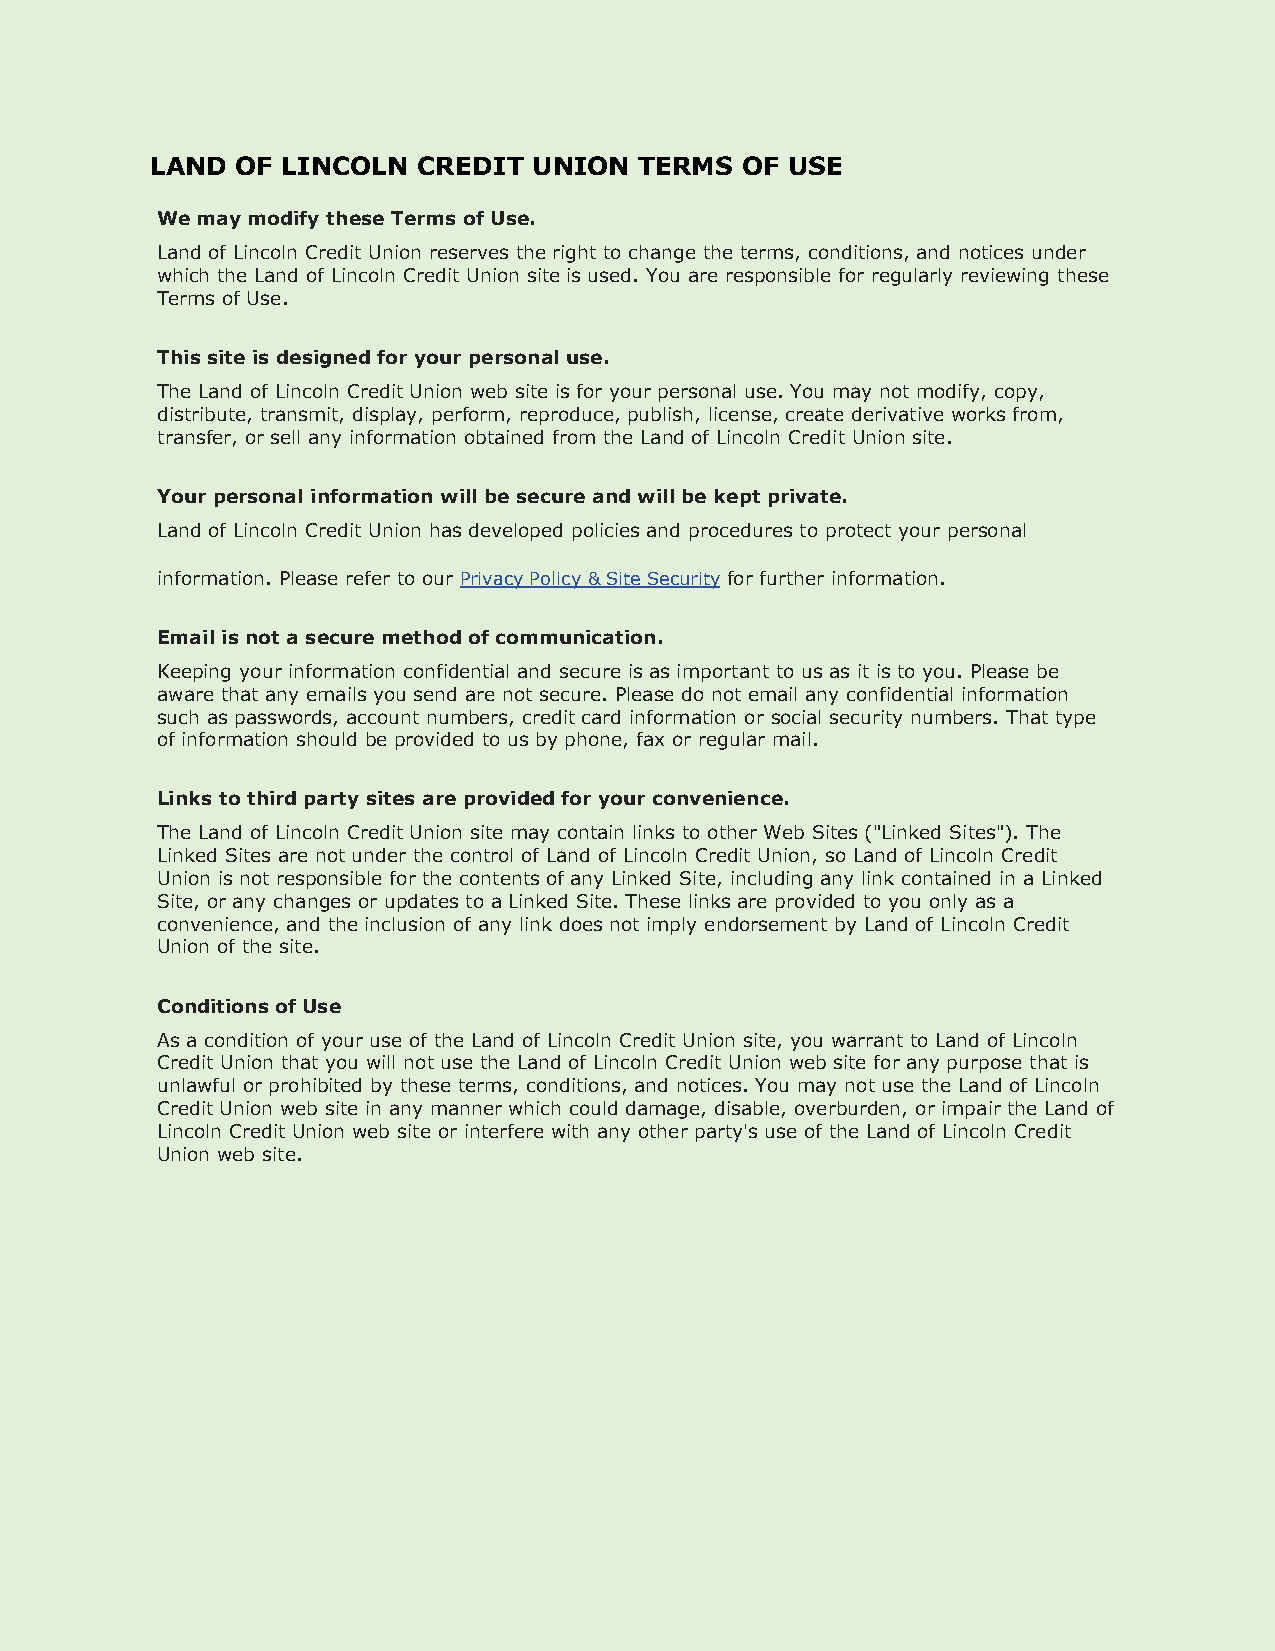
LAND  OF LINCOLN  CREDIT UNION  TERMS  OF USE
 We may modify these Terms of Use.
 Land of Lincoln Credit Union reserves the right to change the terms, conditions, and notices under
 which the Land of Lincoln Credit Union site is used. You are responsible for regularly reviewing these
 Terms of Use.
 This site is designed for your personal use.
 The Land of Lincoln Credit Union web site is for your personal use. You may not modify, copy,
 distribute, transmit, display, perform, reproduce, publish, license, create derivative works from,
 transfer, or sell any information obtained from the Land of Lincoln Credit Union site.
 Your personal information will be secure and will be kept private.
 Land of Lincoln Credit Union has developed policies and procedures to protect your personal
 information. Please refer to our Privacy Policy & Site Security for further information.
 Email is not a secure method of communication.
 Keeping your information confidential and secure is as important to us as it is to you. Please be
 aware that any emails you send are not secure. Please do not email any confidential information
 such as passwords, account numbers, credit card information or social security numbers. That type
 of information should be provided to us by phone, fax or regular mail.
 Links to third party sites are provided for your convenience.
 The Land of Lincoln Credit Union site may contain links to other Web Sites ("Linked Sites"). The
 Linked Sites are not under the control of Land of Lincoln Credit Union, so Land of Lincoln Credit
 Union is not responsible for the contents of any Linked Site, including any link contained in a Linked
 Site, or any changes or updates to a Linked Site. These links are provided to you only as a
 convenience, and the inclusion of any link does not imply endorsement by Land of Lincoln Credit
 Union of the site.
 Conditions of Use
 As a condition of your use of the Land of Lincoln Credit Union site, you warrant to Land of Lincoln
 Credit Union that you will not use the Land of Lincoln Credit Union web site for any purpose that is
 unlawful or prohibited by these terms, conditions, and notices. You may not use the Land of Lincoln
 Credit Union web site in any manner which could damage, disable, overburden, or impair the Land of
 Lincoln Credit Union web site or interfere with any other party's use of the Land of Lincoln Credit
 Union web site.